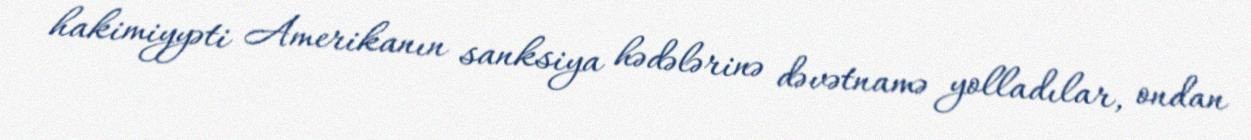
hakimiyyəti Amerikanın sanksiya hədələrinə dəvətnamə yolladılar, ondan